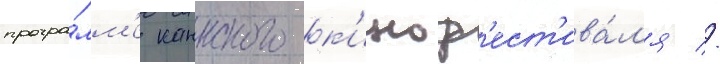
програ́мм'е каннского к'иноф'ест'ива́л'я //